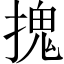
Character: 𭡏